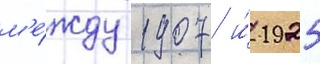
м'е́жду 1907 и́ 1925